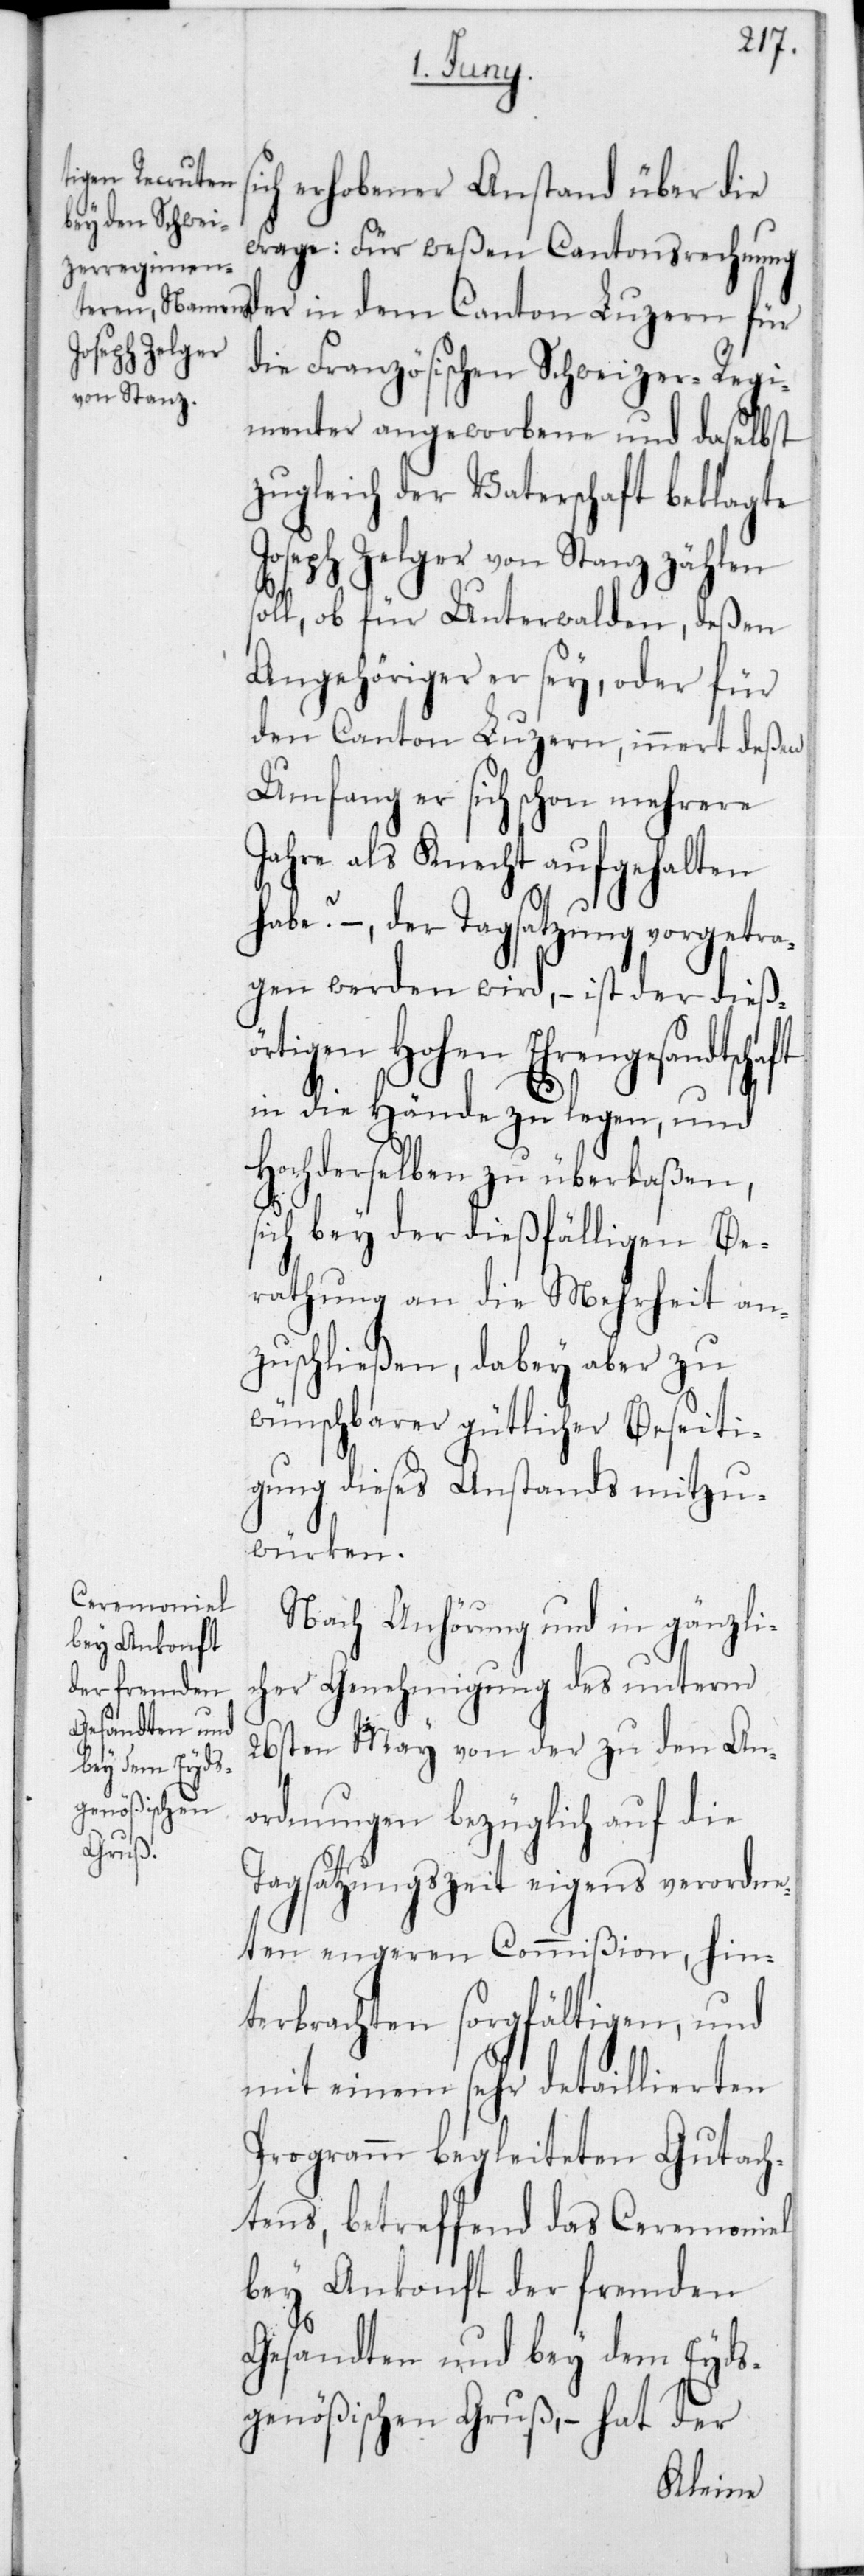
ch erhobener Anstand über die
Frage: für weßen Cantonsrechnung
der in dem Canton Luzern für
die Französischen Schweizer-Regi¬
menter angeworbene und daselbst
zugleich der Vaterschaft beklagte
Joseph Zelger von Stanz zählen
soll, ob für Unterwalden, deßen
Angehöriger er sey, oder für
den Canton Luzern, innert deßen
Umfang er sich schon mehrere
Jahre als Knecht aufgehalten
habe? – der Tagsatzung vorgetra¬
gen werden wird, – ist der dießö¬
rtigen Hohen Ehrengesandtscha¬
in die Hände zu legen, und
Hochderselben zu überlaßen,
sich bey der dießfälligen Be¬
rathung an die Mehrheit an¬
zuschließen, dabey aber zu
wünschbarer gütlicher Beseiti¬
gung dieses Anstands mitzu¬
würken.
Nach Anhörung und in gänzli¬
cher Genehmigung des unterm
26sten May von der zu den An¬
ordnungen bezüglich auf die
ft
Tagsatzungszeit eigens verordne¬
ten engeren Commißion, hin¬
terbrachten sorgfältigen und
mit einem sehr detaillierten
Programm begleiteten Gutach¬
tens, betreffend das Ceremoniel
bey Ankonft der fremden
Gesandten und bey dem Eyds¬
genößischen Gruß, – hat der